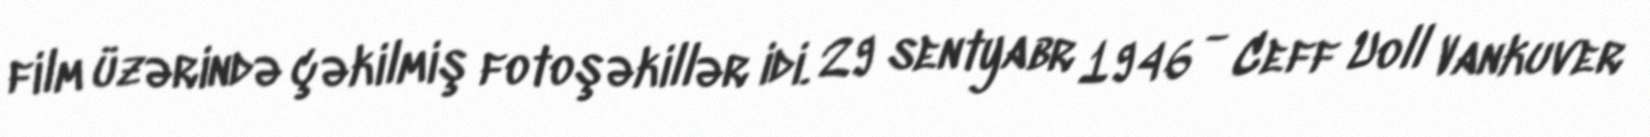
film üzərində çəkilmiş fotoşəkillər idi. 29 sentyabr 1946 - Ceff Uoll Vankuver